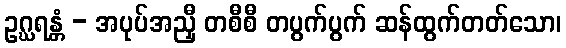
ဥဂ္ဃရန္တံ - အပုပ်အညှီ တစီစီ တပွက်ပွက် ဆန်ထွက်တတ်သော၊